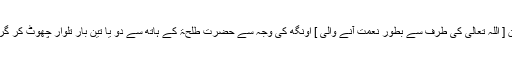
اس دن [ اللہ تعالٰی کی طرف سے بطور نعمت آنے والی ] اونگھ کی وجہ سے حضرت طلحۃ کے ہاتھ سے دو یا تین بار تلوار چھوٹ کر گر گئی۔